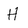
Character: H